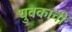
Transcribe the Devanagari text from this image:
युवकाची